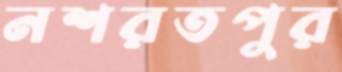
নশরতপুর